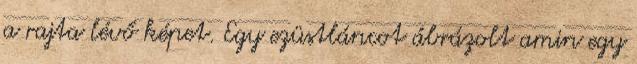
a rajta lévő képet. Egy ezüstláncot ábrázolt amin egy